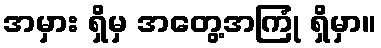
အမှား ရှိမှ အတွေ့အကြုံ ရှိမှာ။